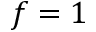
f = 1